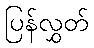
ပြန်လွှတ်